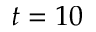
t = 1 0